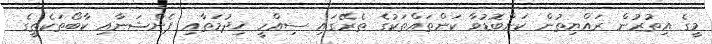
މީގެ އިތުުރުން ރައްޔިތުން ކަންބޮޑުވާ ކަންތައްތަކުގެ ތެރޭގައި ސިއްހީ ޚިދުމަތާއި ޕެންޝަނާއި ކާބޯތަކެތީގެ